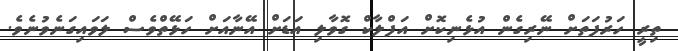
ތިރީ ހަރުފަތަށް ނޭރިގެން އުޅެނިކޮށް އަފްލާކް ގޮވާލި އަޑަށް އޭނާއަށް ހަޅޭތްވެސް ލަވައިގަނެވުނެވެ.